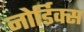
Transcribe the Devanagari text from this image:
नोर्डिक्स